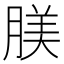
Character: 𦝺